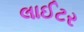
લાઈટર